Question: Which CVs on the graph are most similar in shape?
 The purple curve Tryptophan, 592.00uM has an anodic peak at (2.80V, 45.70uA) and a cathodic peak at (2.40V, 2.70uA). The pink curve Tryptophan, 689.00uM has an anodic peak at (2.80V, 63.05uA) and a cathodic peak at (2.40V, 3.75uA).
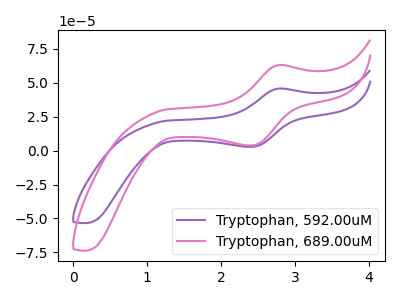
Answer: <think>All the peaks in "Tryptophan, 592.00uM" have a peak in "Tryptophan, 689.00uM" at the same potential.
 </think>
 <answer>"Tryptophan, 592.00uM" and "Tryptophan, 689.00uM" have the same shape and are likely CV's of the same chemical.</answer>
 <eval>"Tryptophan, 592.00uM" "Tryptophan, 689.00uM"</eval>